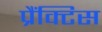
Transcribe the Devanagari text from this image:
प्रैंक्टिस